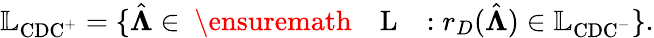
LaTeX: \mathbb{L}_{\mathrm{CDC}^{+}}=\{ \hat{\boldsymbol{\Lambda}}\in\mathrm{~\ensuremath~{~\mathbb~{~L~}~}~}:r_{D}(\hat{\boldsymbol{\Lambda}})\in\mathbb{L}_{\mathrm{CDC}^{-}}\} .